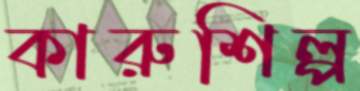
কারুশিল্প